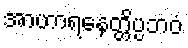
အာဟာရနေတ္တိပ္ပဘဝံ